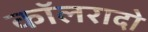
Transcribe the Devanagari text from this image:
कॉलरादो